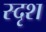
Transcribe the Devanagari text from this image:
स्दृश